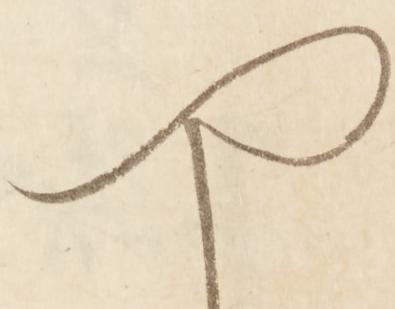
や